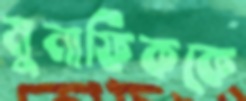
মুনাফিককে